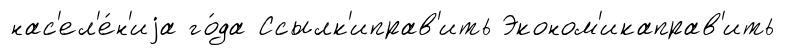
нас'ел'е́н'иjа го́да Ссылк'иправ'ить Эконом'икаправ'ить